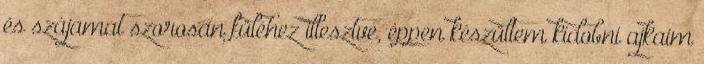
és szájamat szorosan füléhez illesztve, éppen készültem kidobni ajkaim